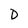
Character: D